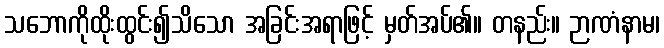
သဘောကိုထိုးထွင်း၍သိသော အခြင်းအရာဖြင့် မှတ်အပ်၏။ တနည်း။ ဉာဏံနာမ၊